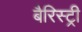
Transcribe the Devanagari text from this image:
बैरिस्ट्री